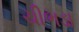
ચીભડા